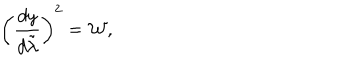
\left( { \frac { d y } { d \tilde { \lambda } } } \right) ^ { 2 } = { \cal W } ,